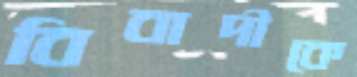
বিবাদীকে